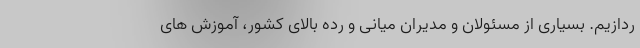
ردازیم. بسیاری از مسئولان و مدیران میانی و رده بالای کشور، آموزش های